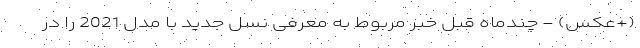
(+عکس) - چندماه قبل خبر مربوط به معرفی نسل جدید با مدل 2021 را در